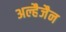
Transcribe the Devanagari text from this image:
अल्हैजैन